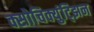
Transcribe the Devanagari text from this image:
क्सोचिक्युंट्झिन